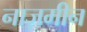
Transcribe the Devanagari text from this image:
नाज़मीन